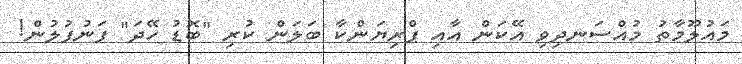
މައުލޫމާތު މުއްސަނދިވި އޭކަން އާއި ޕްރިޔަންކާ ބަލަން ކުރި "ބޮޑު ހޭދަ" ފަނުފުލުން!